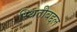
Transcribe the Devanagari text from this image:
स्थितीबद्दल